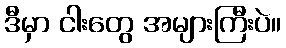
ဒီမှာ ငါးတွေ အများကြီးပဲ။